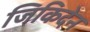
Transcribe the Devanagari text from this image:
जिकिदेन